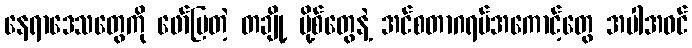
နေရာဒေသတွေကို ဖော်ပြတဲ့ တချို့ ပို့စ်တွေနဲ့ အင်စတာဂရမ်အကောင့်တွေ အပါအဝင်